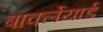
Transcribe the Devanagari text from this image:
बार्क्लेयार्ड